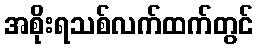
အစိုးရသစ်လက်ထက်တွင်